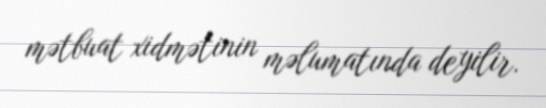
mətbuat xidmətinin məlumatında deyilir.